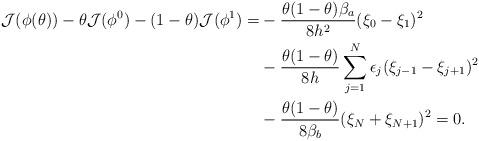
LaTeX: \begin{align*} \mathcal{J}(\phi(\theta))-\theta \mathcal{J}(\phi^0)-(1-\theta)\mathcal{J}(\phi^1)=& -\frac{\theta(1-\theta) \beta_a}{8h^2} (\xi_0-\xi_1)^2\\ &-\frac{\theta(1-\theta)}{8h}\sum_{j=1}^N\epsilon_j(\xi_{j-1}-\xi_{j+1})^2\\ &- \frac{\theta(1-\theta)}{8\beta_b} (\xi_N+\xi_{N+1})^2= 0.\end{align*}